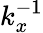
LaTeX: k_{x}^{-1}